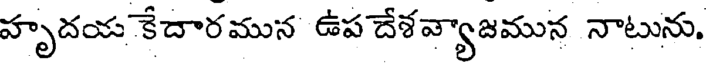
హృదయ కేదారమున ఉప దేశవ్యాజమున నాటును.